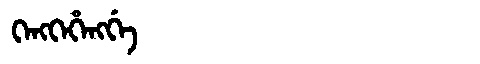
Manchu: ᡴᡝᠩᡴᡝᡥᡝᠩᡤᡝ
Romanization: KENGKEHENGGE